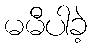
မမီပါခဲ့